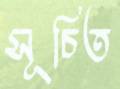
সূচিত